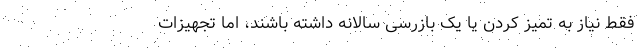
فقط نیاز به تمیز کردن یا یک بازرسی سالانه داشته باشند، اما تجهیزات